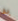
به